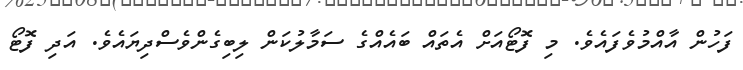
ފަހުން އާއްމުވެފައެވެ. މި ފޮޓޯއަށް އެތައް ބައެއްގެ ސަމާލުކަން ލިބިގެންވެސްދިޔައެވެ. އަދި ފޮޓޯ